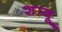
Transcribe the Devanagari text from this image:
शाबू